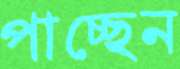
পাচ্ছেন